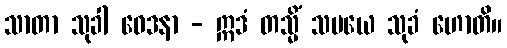
သာတာ သုခါ ဝေဒနာ - ဣဒံ တသ္မိံ သမယေ သုခံ ဟောတိ။